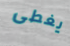
يغطى